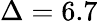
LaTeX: \Delta=6.7